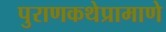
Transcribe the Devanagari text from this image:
पुराणकथेप्रामाणे